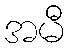
အမီ